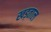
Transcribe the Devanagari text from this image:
खड़ताल